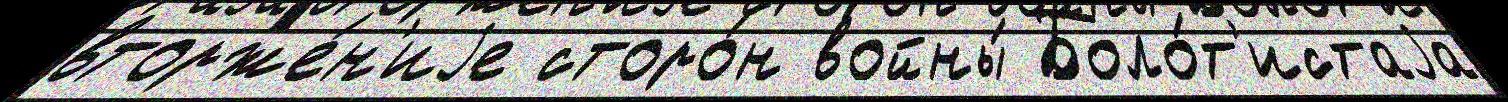
вторже́н'иjе сторо́н войны́ Боло́т'истаjа